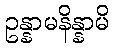
ဥန္နာမနိန္နာမိ